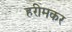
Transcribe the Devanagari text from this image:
हरीमकर